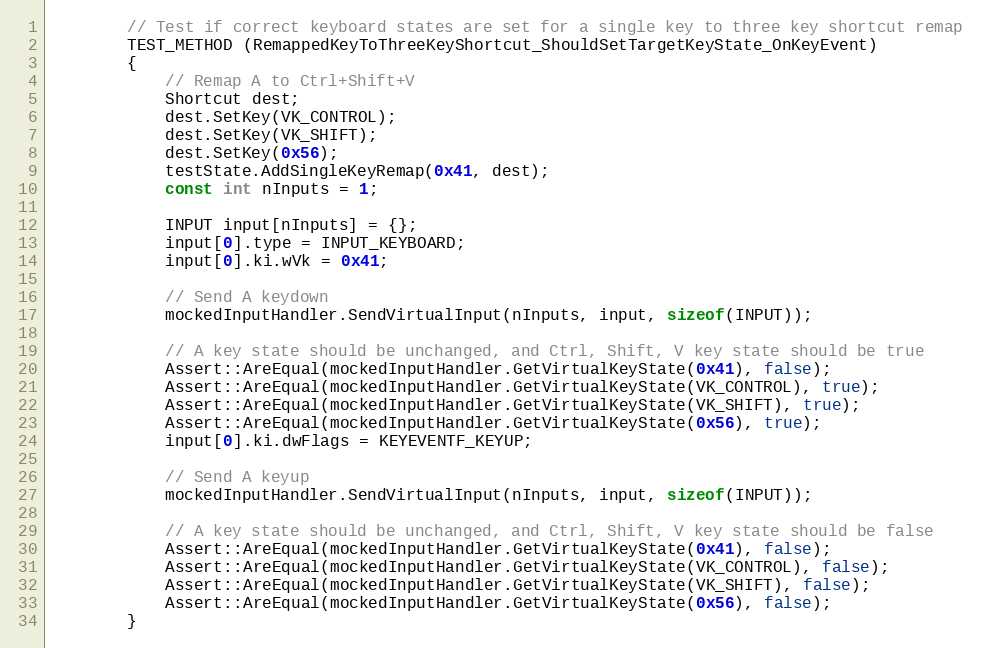
Language: C++
        // Test if correct keyboard states are set for a single key to three key shortcut remap
        TEST_METHOD (RemappedKeyToThreeKeyShortcut_ShouldSetTargetKeyState_OnKeyEvent)
        {
            // Remap A to Ctrl+Shift+V
            Shortcut dest;
            dest.SetKey(VK_CONTROL);
            dest.SetKey(VK_SHIFT);
            dest.SetKey(0x56);
            testState.AddSingleKeyRemap(0x41, dest);
            const int nInputs = 1;

            INPUT input[nInputs] = {};
            input[0].type = INPUT_KEYBOARD;
            input[0].ki.wVk = 0x41;

            // Send A keydown
            mockedInputHandler.SendVirtualInput(nInputs, input, sizeof(INPUT));

            // A key state should be unchanged, and Ctrl, Shift, V key state should be true
            Assert::AreEqual(mockedInputHandler.GetVirtualKeyState(0x41), false);
            Assert::AreEqual(mockedInputHandler.GetVirtualKeyState(VK_CONTROL), true);
            Assert::AreEqual(mockedInputHandler.GetVirtualKeyState(VK_SHIFT), true);
            Assert::AreEqual(mockedInputHandler.GetVirtualKeyState(0x56), true);
            input[0].ki.dwFlags = KEYEVENTF_KEYUP;

            // Send A keyup
            mockedInputHandler.SendVirtualInput(nInputs, input, sizeof(INPUT));

            // A key state should be unchanged, and Ctrl, Shift, V key state should be false
            Assert::AreEqual(mockedInputHandler.GetVirtualKeyState(0x41), false);
            Assert::AreEqual(mockedInputHandler.GetVirtualKeyState(VK_CONTROL), false);
            Assert::AreEqual(mockedInputHandler.GetVirtualKeyState(VK_SHIFT), false);
            Assert::AreEqual(mockedInputHandler.GetVirtualKeyState(0x56), false);
        }